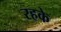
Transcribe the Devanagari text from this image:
रहके